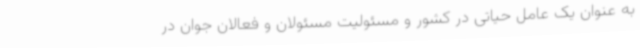
به عنوان یک عامل حیاتی در کشور و مسئولیت مسئولان و فعالان جوان در